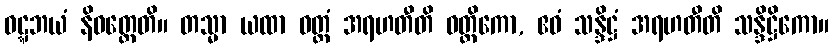
ဝဋ္ဋဘယံ နိဝတ္တေတိ။ တသ္မာ ယထာ ဝတ္ထံ အရဟတီတိ ဝတ္ထိကော, ဧဝံ သန္ဒိဋ္ဌံ အရဟတီတိ သန္ဒိဋ္ဌိကော။